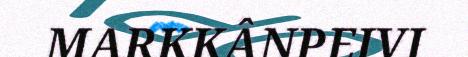
MARKKÂNPEIVI